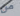
من